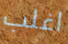
اغلب